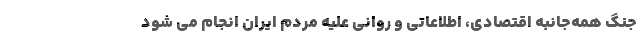
جنگ همه‌جانبه اقتصادی، اطلاعاتی و روانی علیه مردم ایران انجام می شود